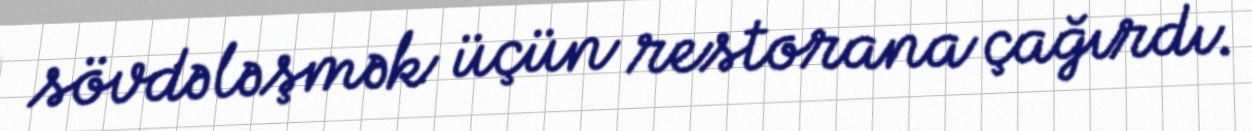
sövdələşmək üçün restorana çağırdı.